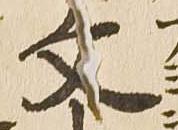
文